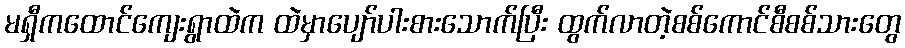
မရှီကထောင်ကျေးရွာထဲက ထဲမှာပျော်ပါးစားသောက်ပြီး ထွက်လာတဲ့စစ်ကောင်စီစစ်သားတွေ